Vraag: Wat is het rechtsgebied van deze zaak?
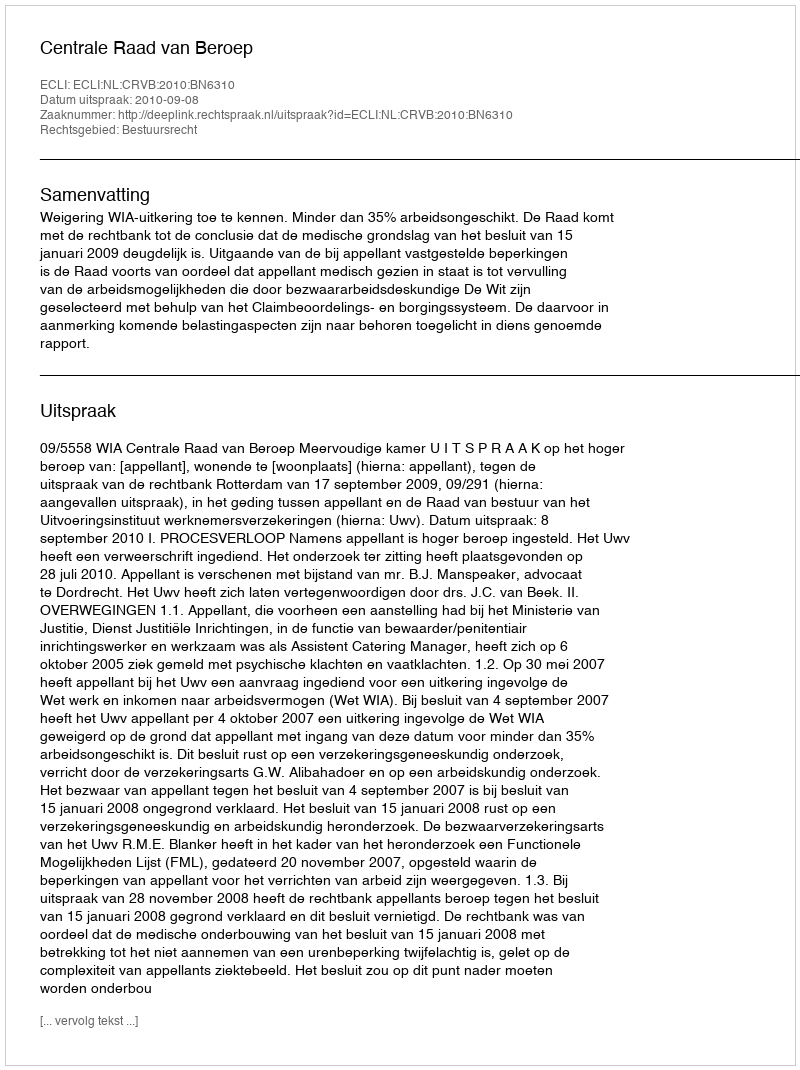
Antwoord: Bestuursrecht